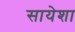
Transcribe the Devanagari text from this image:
सायेशा